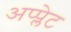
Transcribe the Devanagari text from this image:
अप्प्लेट